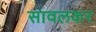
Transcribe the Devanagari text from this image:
सावलकर